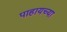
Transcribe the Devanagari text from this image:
पाहायच्या